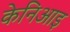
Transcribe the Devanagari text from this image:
केनिआइ